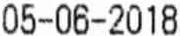
05-06-2018